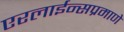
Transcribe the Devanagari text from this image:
एरलाईन्सप्रमाणे